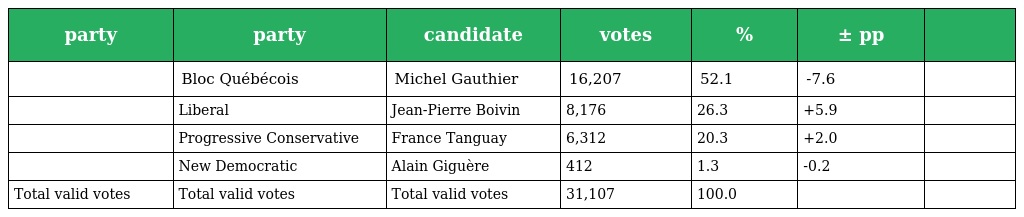
| party | party | candidate | votes | % | ± pp |  |
 | --- | --- | --- | --- | --- | --- | --- |
 |  | Bloc Québécois | Michel Gauthier | 16,207 | 52.1 | -7.6 |  |
 |  | Liberal | Jean-Pierre Boivin | 8,176 | 26.3 | +5.9 |  |
 |  | Progressive Conservative | France Tanguay | 6,312 | 20.3 | +2.0 |  |
 |  | New Democratic | Alain Giguère | 412 | 1.3 | -0.2 |  |
 | Total valid votes | Total valid votes | Total valid votes | 31,107 | 100.0 |  |  |